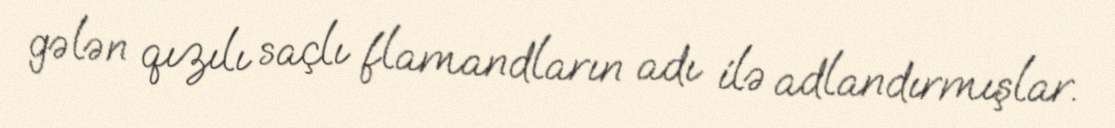
gələn qızılı saçlı flamandların adı ilə adlandırmışlar.